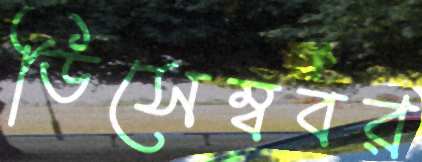
ডিসেম্ববর